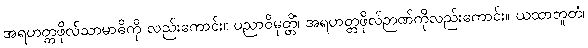
အရဟတ္တဖိုလ်သာမာဓိကို လည်းကောင်း။ ပညာဝိမုတ္တိံ၊ အရဟတ္တဖိုလ်ဉာဏ်ကိုလည်းကောင်း။ ယထာဘူတံ၊